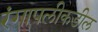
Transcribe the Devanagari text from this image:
रंगापलीकडील